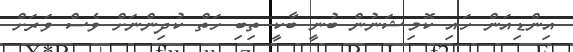
އިންޑިއަން ހައި ކޮމިޝަނުން ބުނީ ބާކީ ތިބި ހަތް ކުދިންނަށް ވެސް ވަރަށް